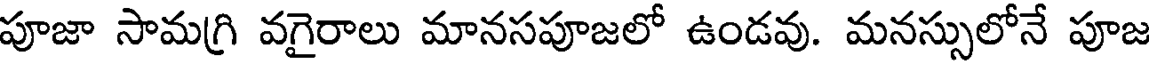
పూజా సామగ్రి వగైరాలు మానసపూజలో ఉండవు. మనస్సులోనే పూజ